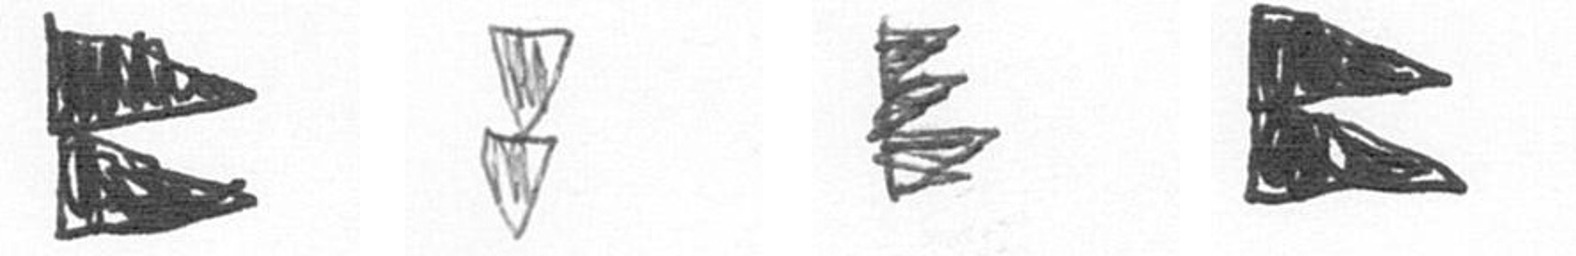
P Z H P